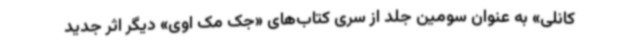
کانلی» به عنوان سومین جلد از سری کتاب‌های «جک مک‌ اوی»‌ دیگر اثر جدید